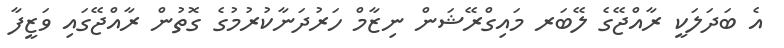
އެ ބަދަލަކީ ރާއްޖޭގެ ލޭބަރ މައިގްރޭޝަން ނިޒާމް ހަރުދަނާކުރުމުގެ ގޮތުން ރާއްޖޭގައި ވަޒީފާ